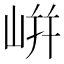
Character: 𡸫